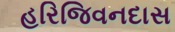
હરિજિવનદાસ